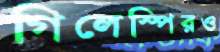
গিলেস্পিরও